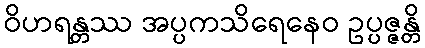
ဝိဟရန္တဿ အပ္ပကသိရေနေဝ ဥပ္ပဇ္ဇန္တိ